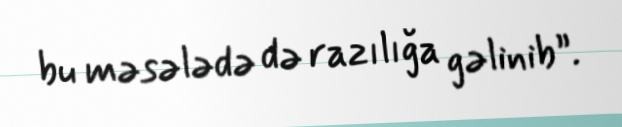
bu məsələdə də razılığa gəlinib”.